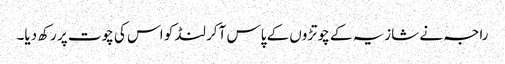
راجہ نے شازیہ کے چوتڑوں کے پاس آکر لنڈ کو اس کی چوت پر رکھ دیا۔